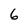
Character: 6